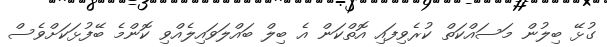
ގުޅޭ ބިލުން މަސައްކަތް ކުރެވިފައި އޮތްކަން އެ ބިލް ބައްލަވައިލެއްވި ކޮންމެ ބޭފުޅަކަށްވެސް